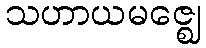
သဟာယမဇ္ဈေ